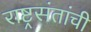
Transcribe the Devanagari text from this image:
राष्ट्रसंतांची